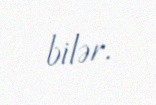
bilər.